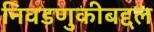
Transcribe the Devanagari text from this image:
निवडणुकीबद्दल